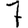
Digit: 7